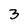
Character: 3